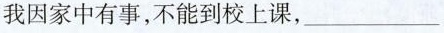
我因家中有事，不能到校上课，___